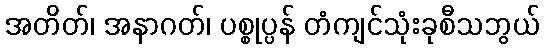
အတိတ်၊ အနာဂတ်၊ ပစ္စုပ္ပန် တံကျင်သုံးခုစီသဘွယ်